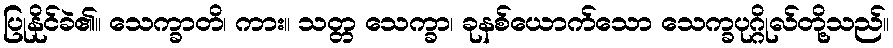
ပြုနိုင်ခဲ၏။ သေက္ခာတိ၊ ကား။ သတ္တ သေက္ခာ၊ ခုနစ်ယောက်သော သေက္ခပုဂ္ဂိုလ်တို့သည်။